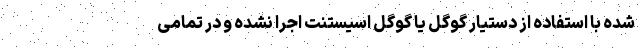
شده با استفاده از دستیار گوگل یا گوگل اسیستنت اجرا نشده و در تمامی